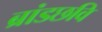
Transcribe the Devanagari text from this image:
ब्रांडछवि